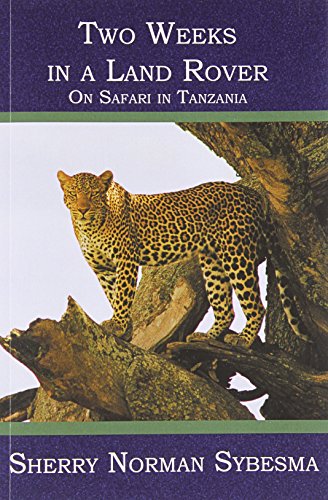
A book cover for Two Weeks in a Land Rover: On Safari in Tanzania; Sherry Norman Sybesma; Travel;